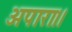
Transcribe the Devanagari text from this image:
अपारा।।